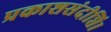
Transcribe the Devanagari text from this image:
प्रकाशसंदीप्ति।